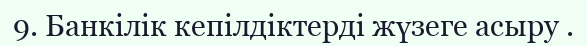
9. Банкілік кепілдіктерді жүзеге асыру .